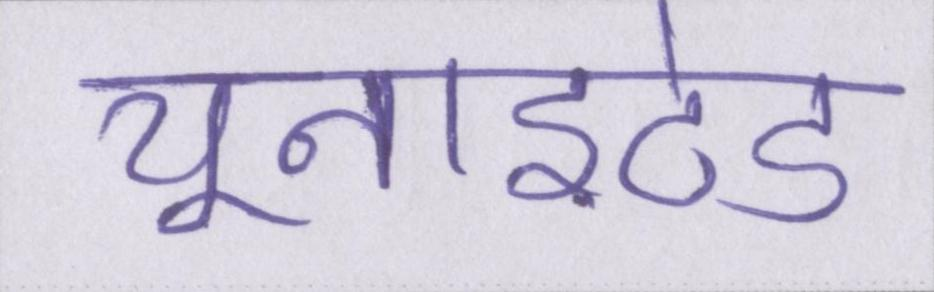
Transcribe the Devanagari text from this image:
यूनाइटेड